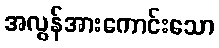
အလွန်အားကောင်းသော